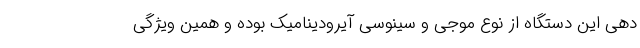
دهی این دستگاه از نوع موجی و سینوسی آیرودینامیک بوده و همین ویژگی